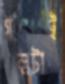
গল্পটাই